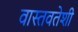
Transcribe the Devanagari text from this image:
वास्तवतेशी